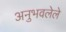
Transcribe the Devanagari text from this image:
अनुभवलेले